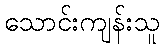
သောင်းကျန်းသူ